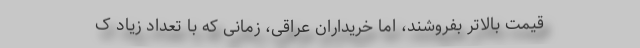
قیمت بالاتر بفروشند، اما خریداران عراقی، زمانی که با تعداد زیاد ک